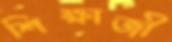
শিক্ষাজী